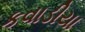
કવાડીયા